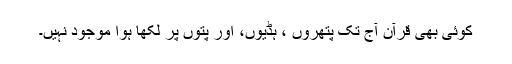
کوئی بھی قرآن آج تک پتھروں ، ہڈیوں، اور پتوں پر لکھا ہوا موجود نہیں۔